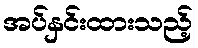
အပ်နှင်းထားသည့်